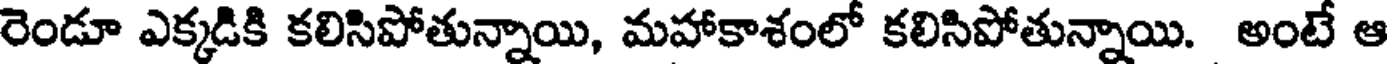
రెండూ ఎక్కడికి కలిసిపోతున్నాయి, మహాకాశంలో కలిసిపోతున్నాయి. అంటే ఆ